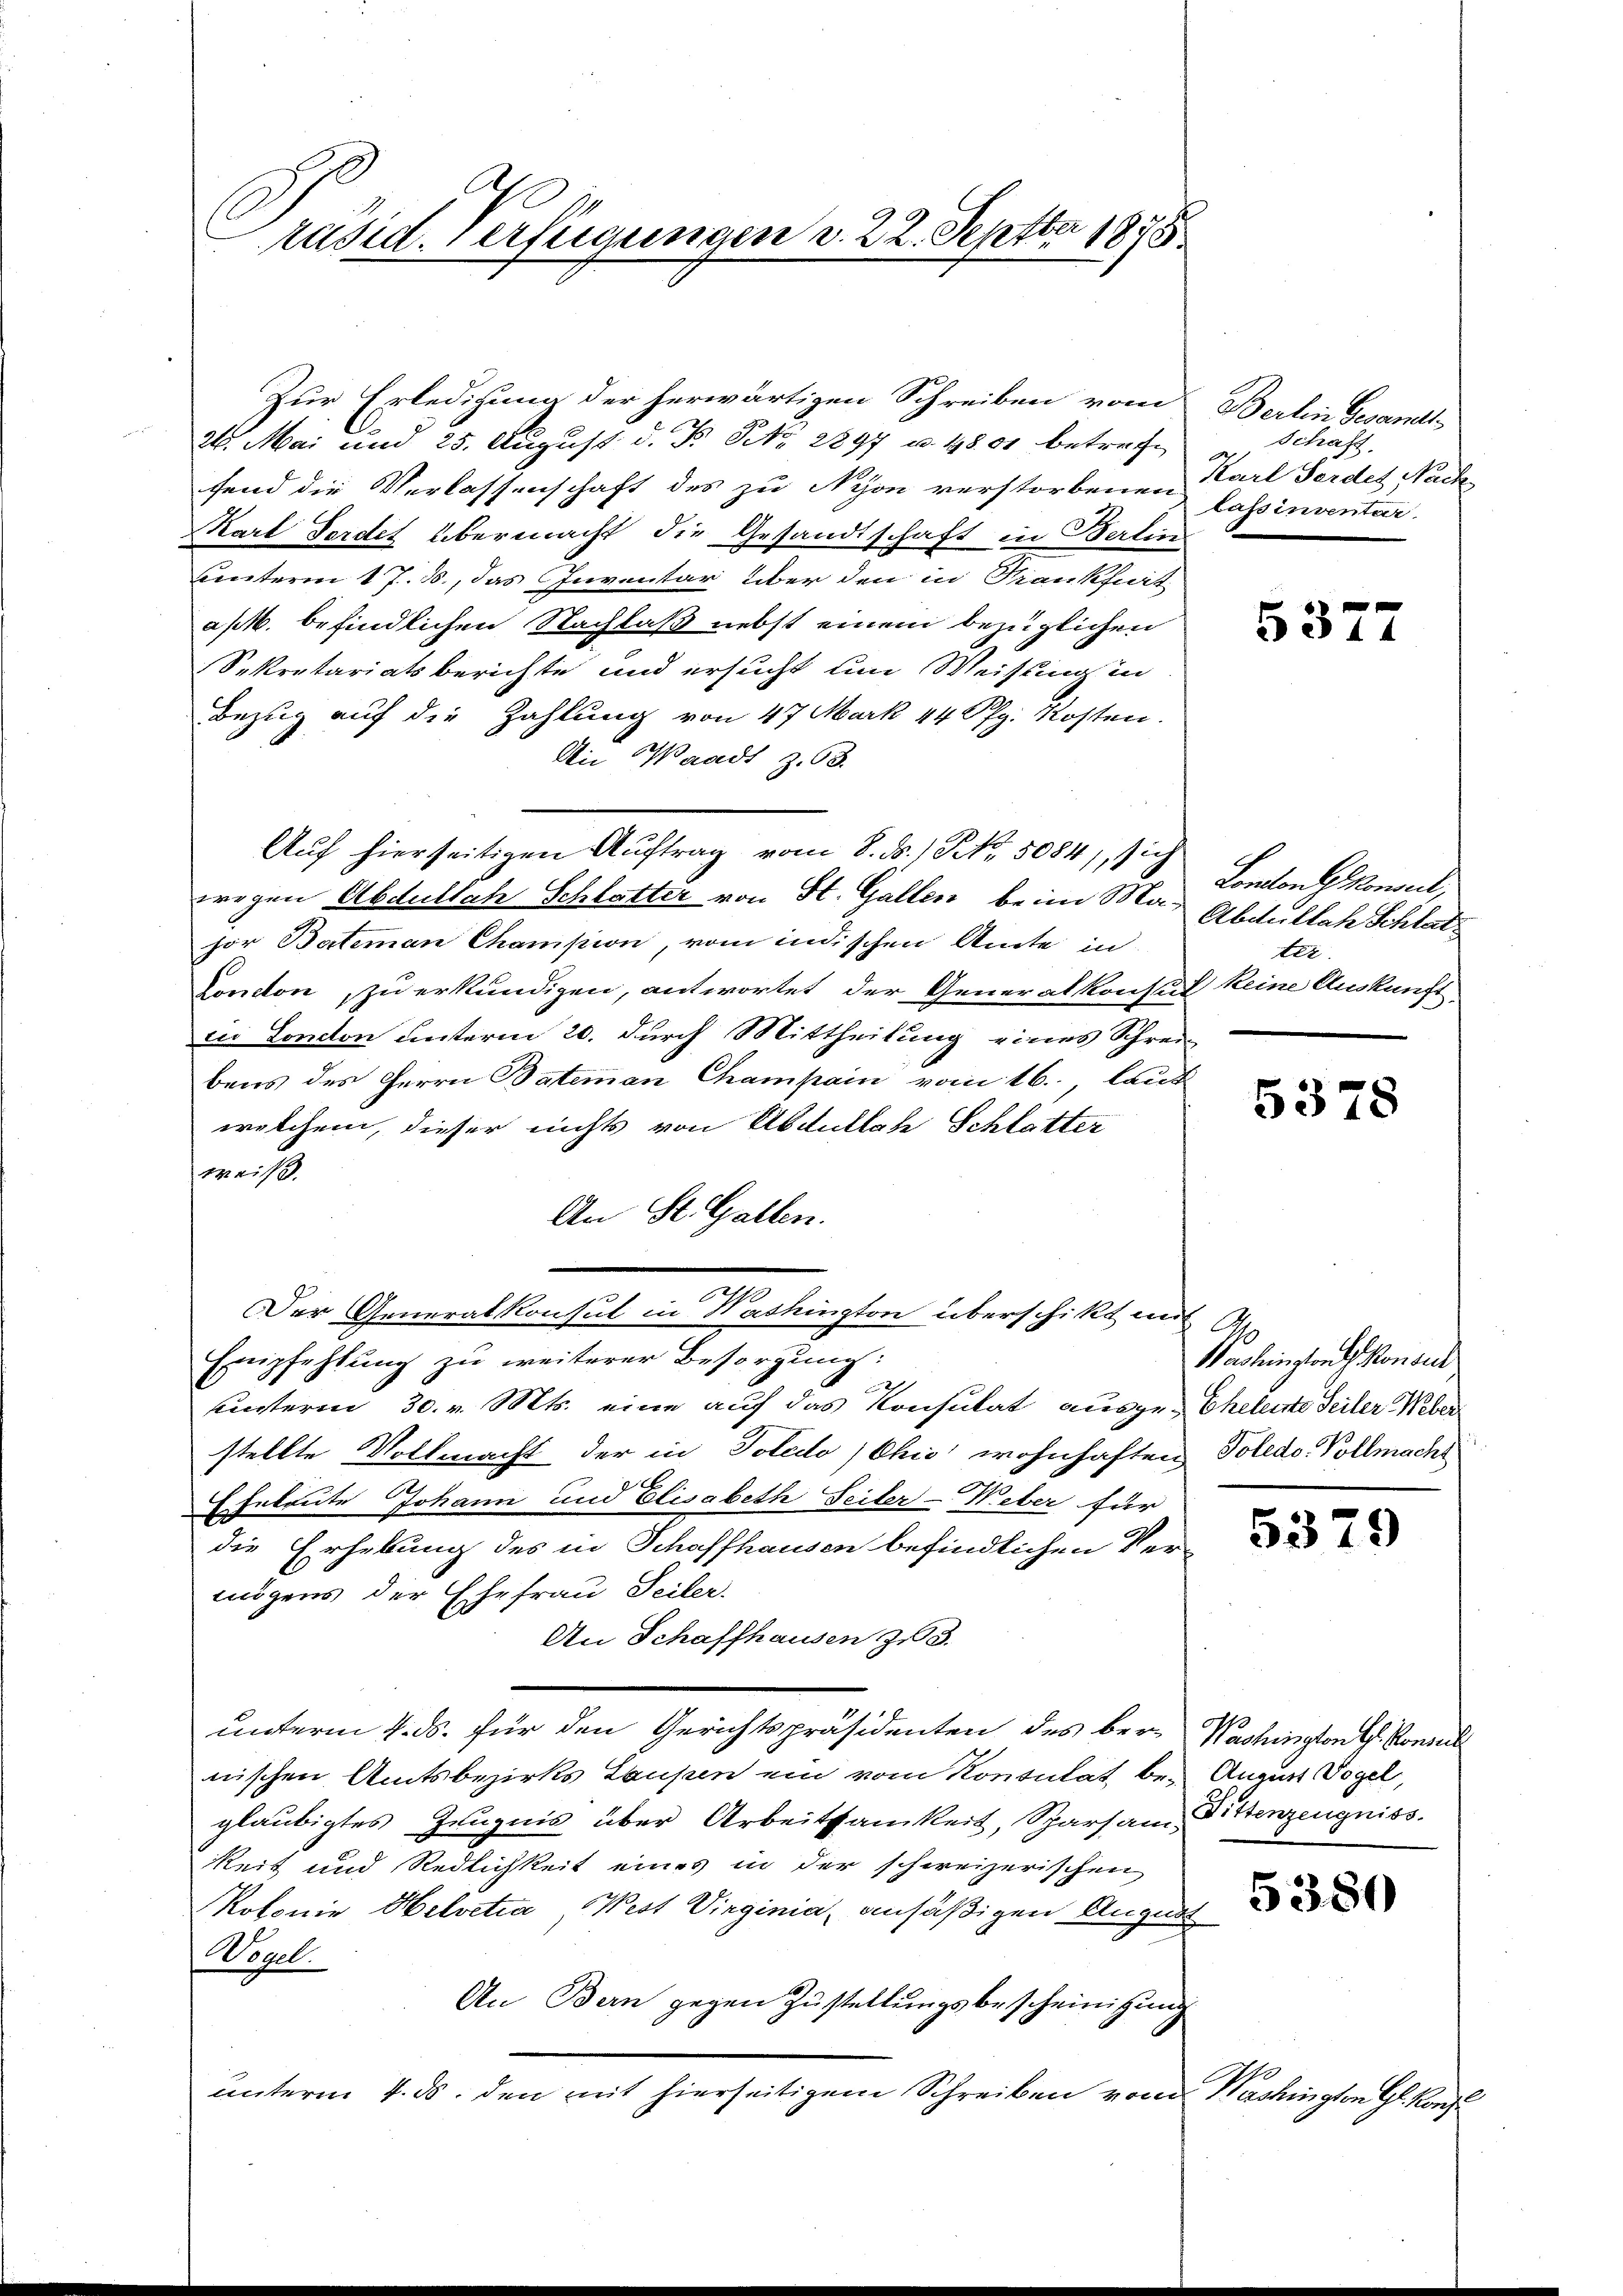
räsid. Verfügungen v. 22. Septbr 1875

Zur Erledigung der herwärtigen Schreiben vom
26. Mai um 25. August d. P. NNo. 2897 u. 4801 betrete
fend die Verlassenschaft des zu Nyon verstorbenen Carl Ferdes Nach
Kart Fordet übermacht die Gesandtschaft in Berlin
unterm 17. 3., das Inventar über den in Krankfurt
ask. befindlichen Nachlaß nebst einem bezüglichen
Sekretariatsberichte und ersucht um Weisung in
Bezug auf die Zahlung von 47 Mark 44 Pfg. Kosten.
An Waadt Z. 63.
Auf hierseitigen Auftrag vom 8. d. 1 S. 5084), sich
wegen Abdullach Schlatter von St. Gallen beim Ma-Abdultat Schlat
hor Batemen Champion, vom indischen Amte in
Zonoton, zu erkundigen, antwortet der Generalkonsul keine Auskunft
in London unterm 20. durch Mittheilung eines Schrei-
bens des Herrn Patenman Champain vom 16., laut
welchem, dieser nichts von Abdillate Schlatter
weiß.
An St. Gallen.
Der Generalkonsul in Washington überschikt in
Ernpfehlung zu weiterer Besorgung:
unterm 30. v. Mts. eine auf das Konsulat ausge-Cheleute Teiler Weber
stellte Vollmacht der in Toledo (Chić wohnhaften
Eheleute Johann und Elisabeth Seiler-Weber für
die Erhebung des in Schaffhausen befindlichen Ver-
mögens der Ehefrau Teiler.
An Schaffhausen zu 3.
unterm 4. ds. für den Gerichtspräsidenten des ber-
nischen Amtsbezirks Laupen ein vom Konsulat, beglaubigtes Zeugnis über Arbeitsamkeit, Sparsam-
keit und Redlichkeit eines in der schweizerischen
Kolonie Helvetia, West Virginia, ansäßigen August
Wogel.
An Bern gegen Zustellungsbescheinigung
unterm 4. ds. den mit hierseitigem Schreiben von

Bertin Gesandt
z. Schaft.
Casinventur.

531.

Lontons Konsul,
ter

5378

A
Washington Konsul
Poledo-Vollmacht

5379

Washington Hs. Konsul
August Vogel,
Littenzeugniss.

5380

Washington G. Konf